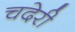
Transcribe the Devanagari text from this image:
चदेरी